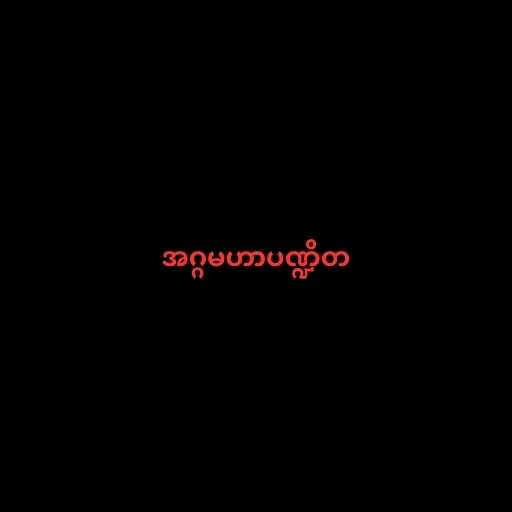
အဂ္ဂမဟာပဏ္ဍိတ